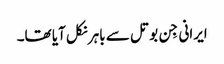
ایرانی جِن بوتل سے باہر نکل آیا تھا۔